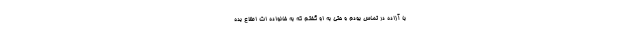
با آزاده در تماس بودم و حتی به او گفتم که به خانواده ات اطلاع بده